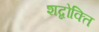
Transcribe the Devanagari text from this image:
शब्दोक्ति